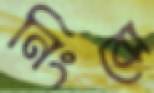
নিংবো